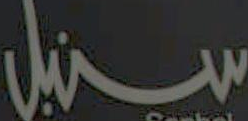
سينبل